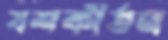
যশকীর্তন